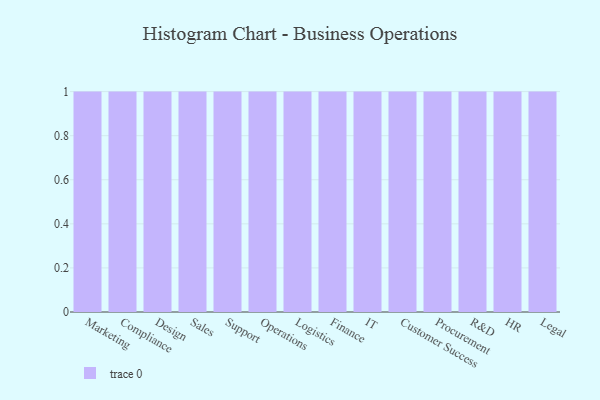
{"axis": {"x": "Department", "y": "Churn Rate (%)"}, "legend": [""], "data": [{"x": "Marketing", "y": 36, "type": ""}, {"x": "Compliance", "y": 41, "type": ""}, {"x": "Design", "y": 9, "type": ""}, {"x": "Sales", "y": 37, "type": ""}, {"x": "Support", "y": 25, "type": ""}, {"x": "Operations", "y": 40, "type": ""}, {"x": "Logistics", "y": 97, "type": ""}, {"x": "Finance", "y": 88, "type": ""}, {"x": "IT", "y": 55, "type": ""}, {"x": "Customer Success", "y": 71, "type": ""}, {"x": "Procurement", "y": 66, "type": ""}, {"x": "R&D", "y": 73, "type": ""}, {"x": "HR", "y": 50, "type": ""}, {"x": "Legal", "y": 8, "type": ""}]}